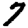
Digit: 7